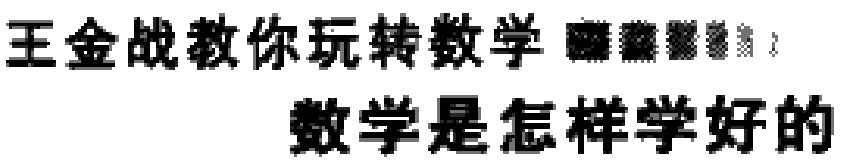
王金战教你玩转数学 数学是怎样学好的